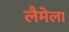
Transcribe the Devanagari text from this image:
लैमेला